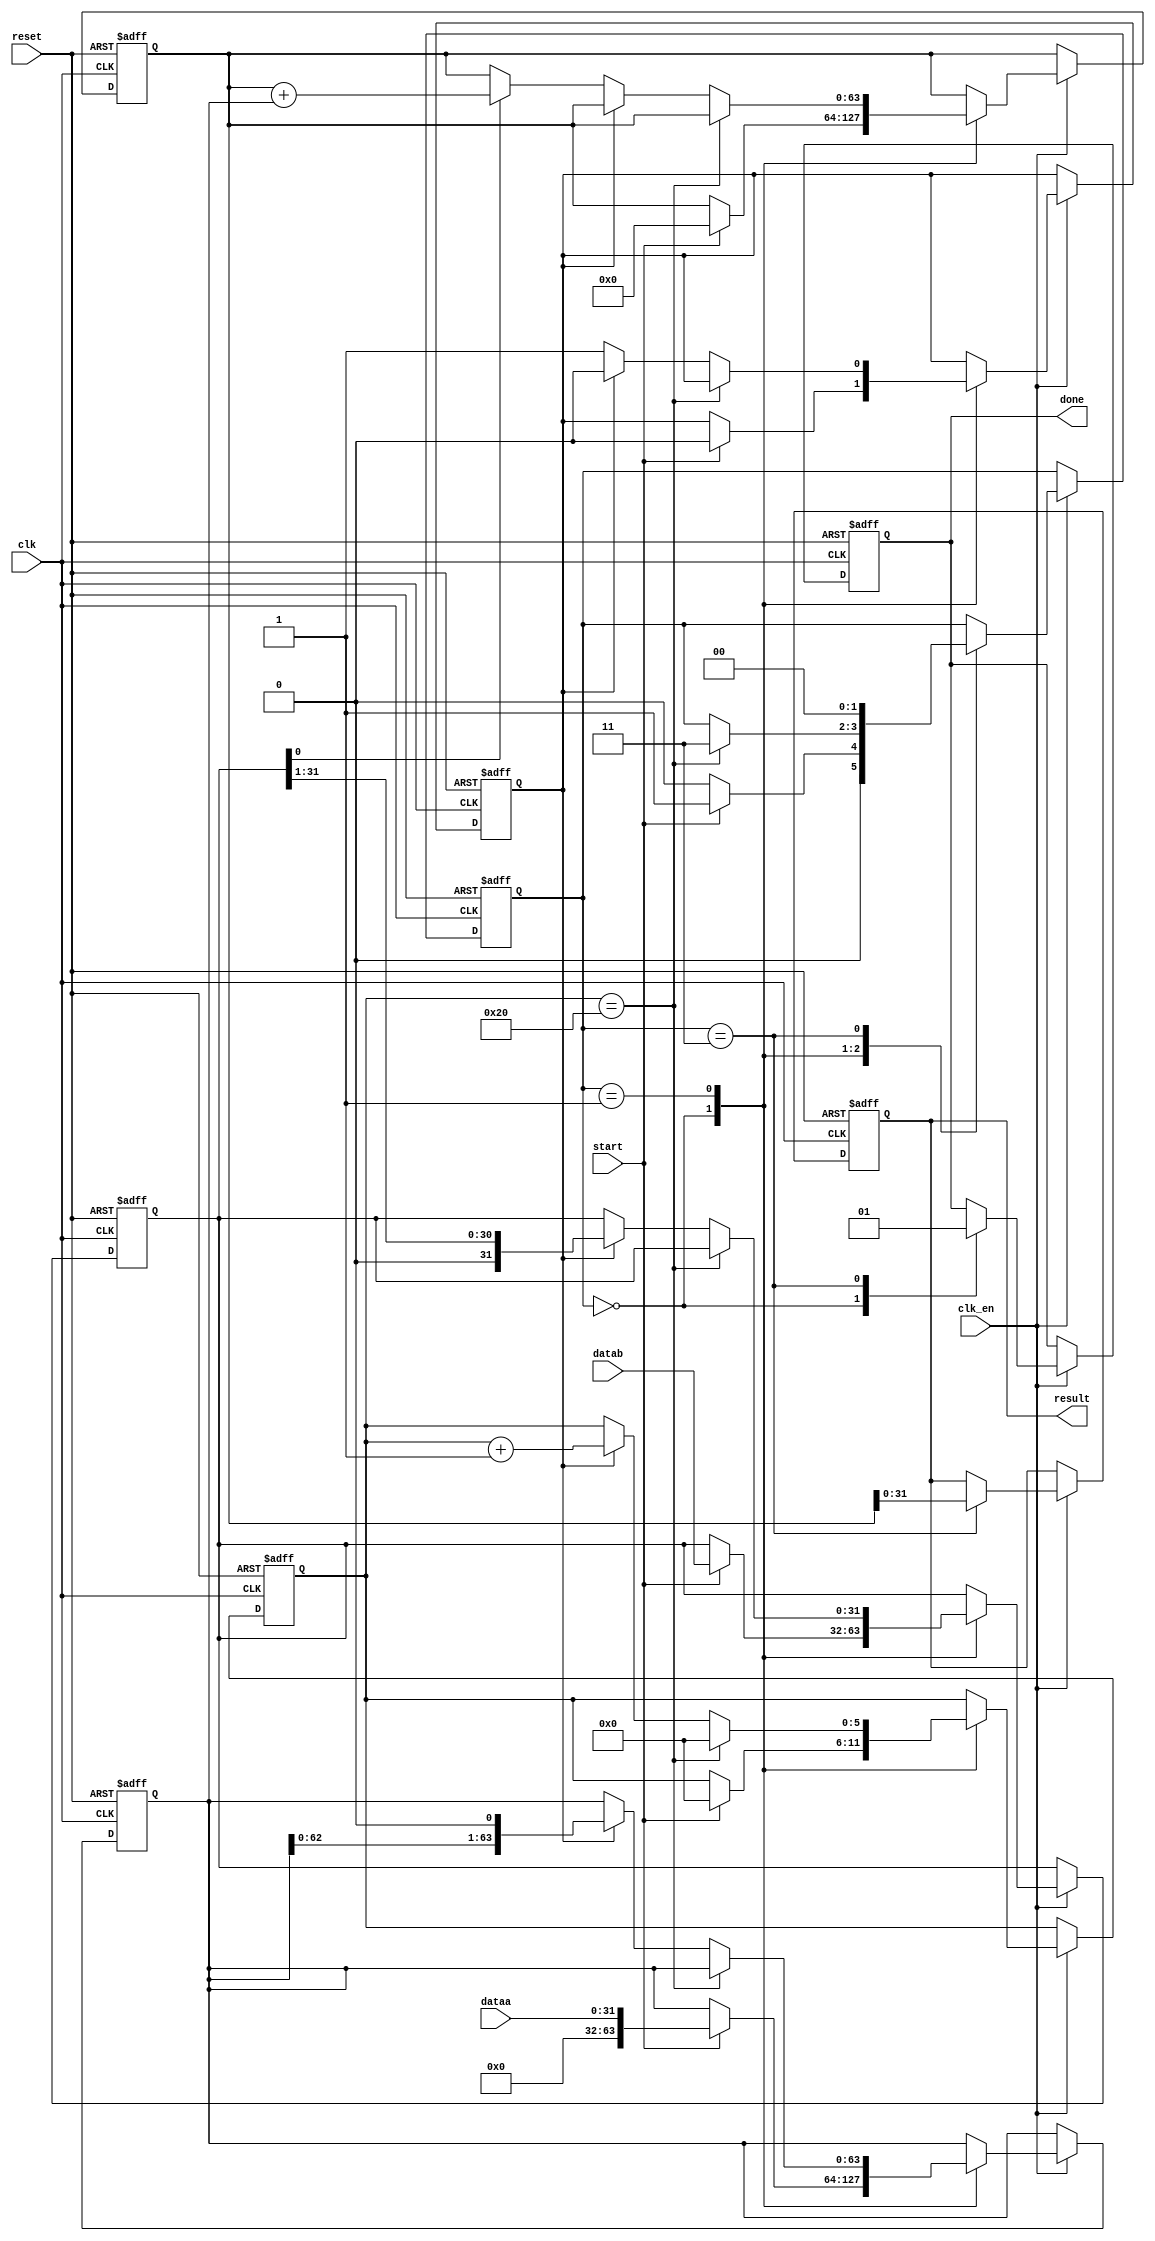
//Modulo para multiplicao
//Algortimo do livro computer organization and desing interface hardware/software
//Autores Crystal e Havallon
// 25/11/2017
module mul (dataa, datab, result, clk, clk_en, start, reset, done);

	input [31:0] dataa;
	input [31:0] datab;
	input clk;
	input clk_en;
	input start;
	input reset;
	
	output reg [31:0] result;
	output reg done;
	
	reg [63:0] multiplicando;
	reg [31:0] multiplicador;
	reg [63:0] produto;
	
	reg [5:0] contador;
	reg trigger;
	
	localparam idle = 2'b00, calculando = 2'b01, pronto = 2'b11;
	
	reg [1:0] state;
	
	always @ (posedge clk or posedge reset) begin
		if (reset) begin
			result        <= 32'd0;
			done          <= 1'b0;
			multiplicando <= 64'd0;
			multiplicador <= 32'd0;
			produto       <= 64'd0;
			contador      <= 6'd0;
			trigger       <= 1'b0;
			state         <= idle;
		end else begin
			if (clk_en) begin
				case (state)
					idle:begin
						done <= 1'b0;
						if (start) begin
							state <= calculando;
							multiplicando <= dataa;
							multiplicador <= datab;
							produto       <= 64'd0;
							trigger       <= 1'b0;
							contador      <= 6'd0;
						end else begin
							state <= idle;
						end
					end
					calculando:begin
						if (contador == 6'd32) begin
							state <= pronto;
							contador <= 6'd0;
						end else begin
							if (!trigger)begin
								if (multiplicador[0] == 1'b1) begin
									produto <= produto + multiplicando;
								end
								trigger <= 1'b1;
							end else begin
								multiplicando <= multiplicando << 1;
								multiplicador <= multiplicador >> 1;
								trigger <= 1'b0;
								contador <= contador + 6'd1;
							end
						end
					end
					pronto:begin
						state <= idle;
						done  <= 1'b1;
						result <= produto;
					end
				endcase
			end
		end
	end

endmodule